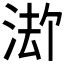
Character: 𪶏